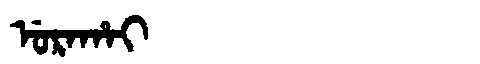
Manchu: ᡠᡵᠠᡥᠠᡳ
Romanization: URAHAI